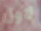
لاول